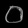
Digit: ၀